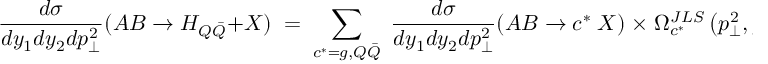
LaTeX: \frac { d \sigma } { d y _ { 1 } d y _ { 2 } d p _ { \perp } ^ { 2 } } ( A B \rightarrow H _ { Q \bar { Q } } + X ) \; = \; \sum _ { c ^ { \ast } = g , Q \bar { Q } } \; \frac { d \sigma } { d y _ { 1 } d y _ { 2 } d p _ { \perp } ^ { 2 } } ( A B \rightarrow c ^ { \ast } \; X ) \; \times \; \Omega _ { c ^ { \ast } } ^ { J L S } \left( p _ { \perp } ^ { 2 } , \mu ^ { 2 } \right) \; ,